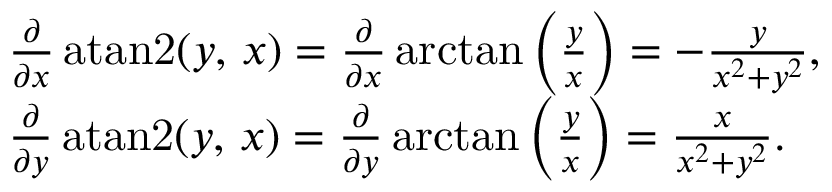
{ \begin{array} { r l } & { { \frac { \partial } { \partial x } } \operatorname { a t a n 2 } ( y , \, x ) = { \frac { \partial } { \partial x } } \arctan \left( { \frac { y } { x } } \right) = - { \frac { y } { x ^ { 2 } + y ^ { 2 } } } , } \\ & { { \frac { \partial } { \partial y } } \operatorname { a t a n 2 } ( y , \, x ) = { \frac { \partial } { \partial y } } \arctan \left( { \frac { y } { x } } \right) = { \frac { x } { x ^ { 2 } + y ^ { 2 } } } . } \end{array} }